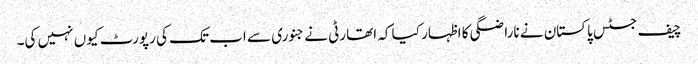
چیف جسٹس پاکستان نے ناراضگی کا اظہار کیا کہ اتھارٹی نے جنوری سے اب تک کی رپورٹ کیوں نہیں کی۔